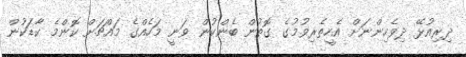
ދިރިއުޅޭ ދިވެހިންނަށް އެހީތެރިވުމުގެ ގޮތުން ބެންކުން ވަނީ މަހެއްގެ މައްޗަށް ކޮންމެ ކާޑަކުން